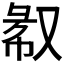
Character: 𫩁